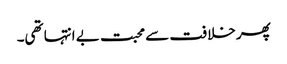
پھر خلافت سے محبت بے انتہا تھی۔